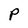
Character: P